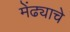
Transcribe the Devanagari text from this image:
मेंढ्याचे